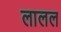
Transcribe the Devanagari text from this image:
लालल